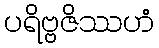
ပရိဗ္ဗဇိဿဟံ